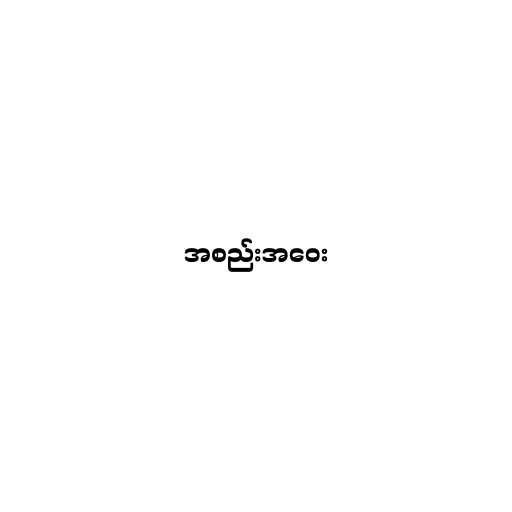
အစည်းအဝေး